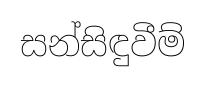
සන්සිඳුවීම්